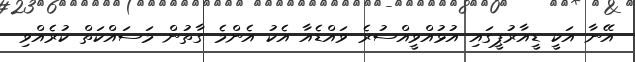
އޭނާ އަކީ ޑީއާރުޕީގައި އުޅުއްވީއްސުރެ ވައްޑެއާ އެކު އެންމެ ގާތުން މަސައްކަތް ކުރެއްވި